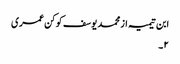
ابن تیمیہ از محمد یوسف کوکن عمری
٢۔